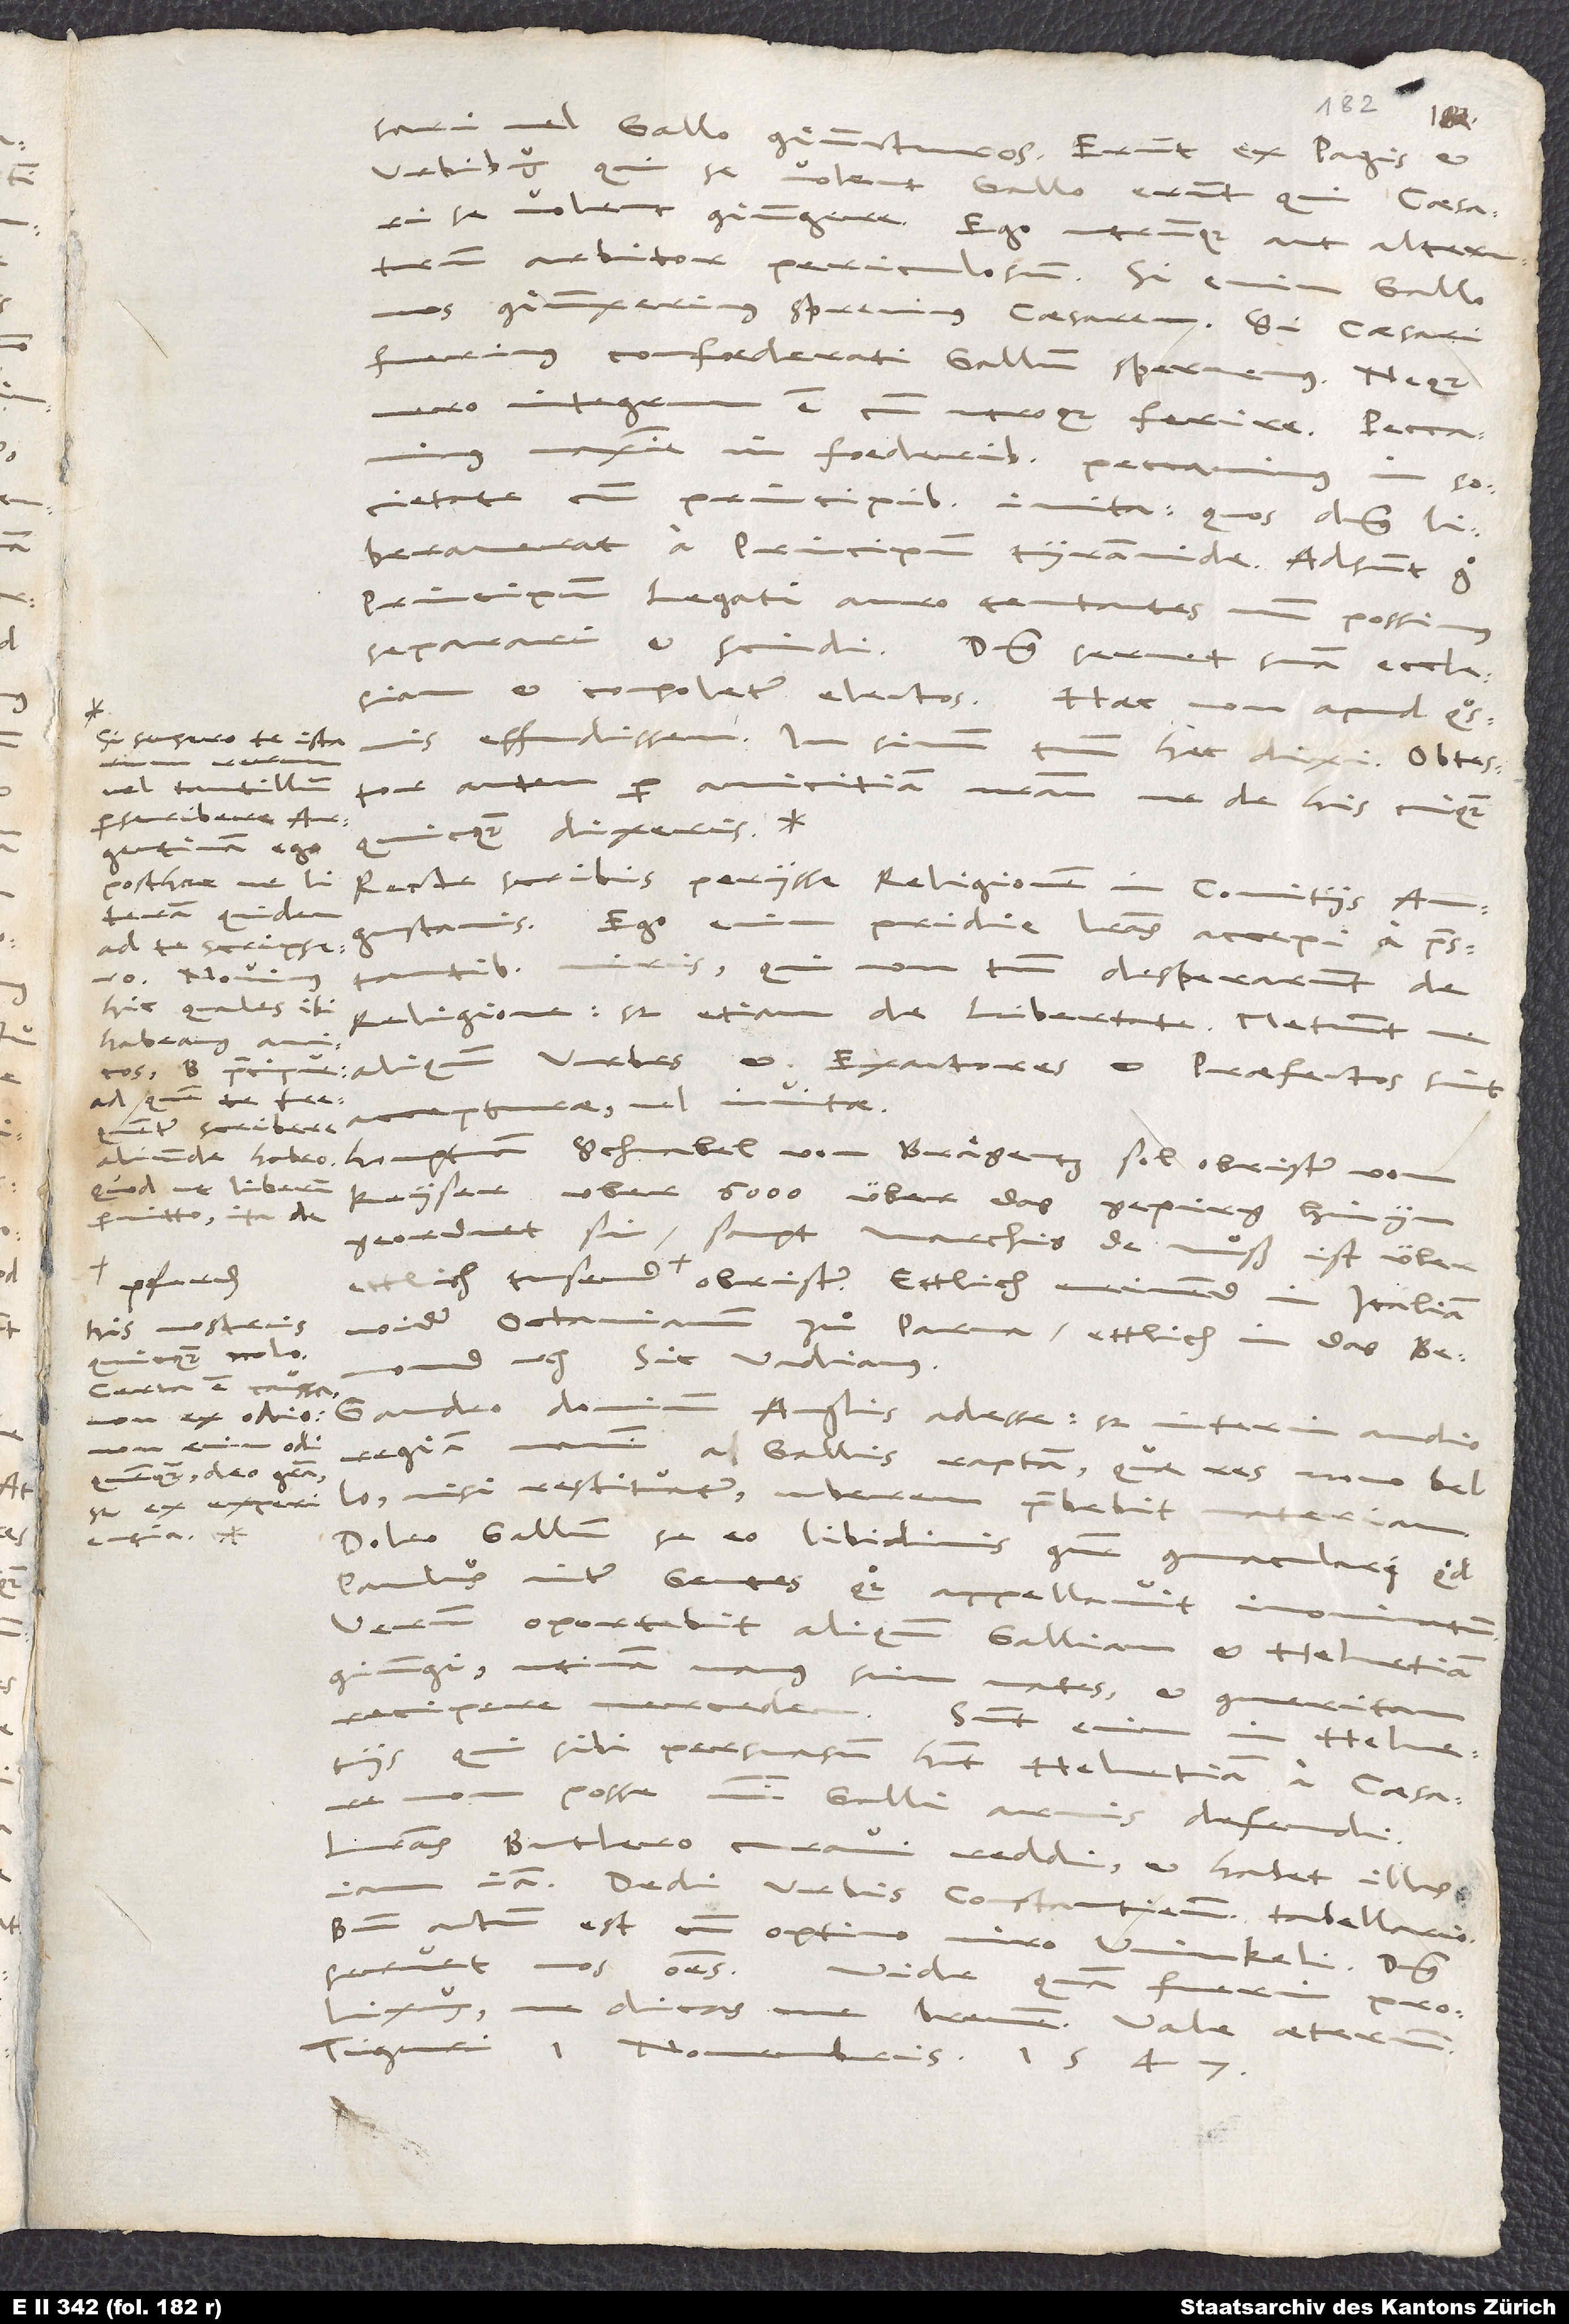
vel Gallo coniuncturos. Erunt ex Pagis et
Urbibus, qui se volent Gallo, erunt, qui
se volent coniungere. Ego utrumque aut alterutrum
arbitror periculosum. Si enim Gallo
nos coniunxerimus, sprevimus caesarem; si caesari
confoederati, Gallum spernemus. Neque
vero integrum est cum utroque ferire! Peccavimus
maxime in foederibus; peccavimus in
societate cum principibus inita - quos dominus
liberaverat a principum tyrannide. Adsunt ergo
principum legati auro tentantes, num possimus
separari et scindi. Dominus servet suam ecclesiam
Si sensero te istarum
effudissem. In sinum tuum haec dixi. Obtestor
perscribere
Recte scribis periisse religionem in comitiis Augustanis.
praestantibus viris, qui non tantum desperarunt de
religione, sed etiam de libertate. Metuunt, ne
habeamus amicos,
aliquando urbes et exactores et praefectos sint
ad quem te frequenter
keyser über 6’000 über das gepirg hinyn
permitto ita de
geordnet sin, sampt marchis de Muͦß(ist über
S.
ettlich tusend pferden obrister): Ettlich meinend, in Italiam
his nostris
wider Octavianum zuͦ Parma, ettlich, in das Bemond,
quicquam nolo!
Certa est caussa:
Gaudeo dominum Anglis adesse; sed interim audio
(non enim odi
regiam navem a Gallis raptam, quae res novo bello,
quemquam deo gratia),
nisi restituatur, uberem praebebit materiam.
sed ex experientia.
Doleo Gallum se eo libidinis genere commaculare, quod
Paulus inter gentes quoque appellavit inominatum.
Verum oportebit aliquando Galliam et Helvetiam
coniungi (utinam vanus sim vates!) et commeritam
recipere mercedem. Sunt enim in Helvetiis,
tus
qui sibi persuasum habent Helvetiam a caesare
non posse nisi Galli armis defendi.
Literas Butlero curavi reddi; et habet illas
iamiam. Dedi urbis Constantiensis tabellario.
Bene actum est cum optimo viro Winkeli. Dominus
prolixus, ne dicas me brevem! Vale aeternum.
Tiguri, 1. novembris 1547.